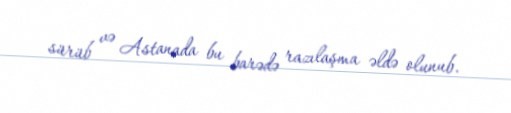
sürüb və Astanada bu barədə razılaşma əldə olunub.